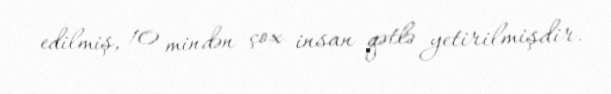
edilmiş, 10 mindən çox insan qətlə yetirilmişdir.